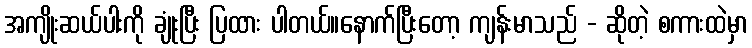
အကျိုးဆယ်ပါးကို ချုံးပြီး ပြထား ပါတယ်။နောက်ပြီးတော့ ကျန်းမာသည် - ဆိုတဲ့ စကားထဲမှာ